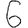
Digit: 6